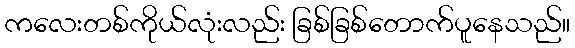
ကလေးတစ်ကိုယ်လုံးလည်း ခြစ်ခြစ်တောက်ပူနေသည်။